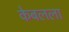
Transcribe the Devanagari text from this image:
केबलला